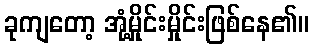
ခုကျတော့ အုံ့မှိုင်းမှိုင်းဖြစ်နေ၏။